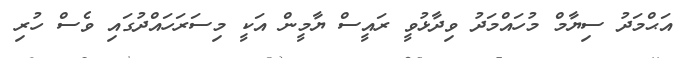
އަޙްމަދު ސިޔާމް މުހައްމަދު ވިދާޅުވީ ރައީސް ޔާމީން އަކީ މިސަރަހައްދުގައި ވެސް ހުރި